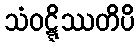
သံဝဋ္ဋိဿတိပိ